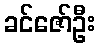
ခင်ဇော်ဦး